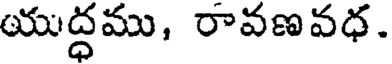
యుద్ధము, రావణవధ.